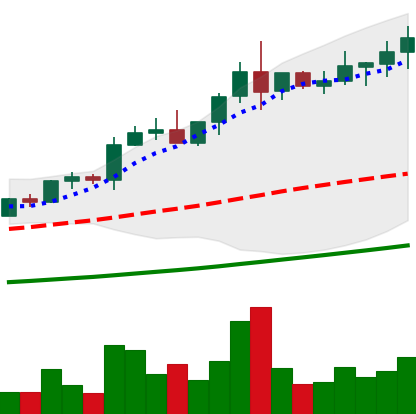
Ticker: NEO-USD
Chart end date: 2021-04-14
Forward return: 58.445%
Label: up_7plus